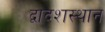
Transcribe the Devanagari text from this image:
द्वादशस्थान